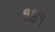
૧૪૧